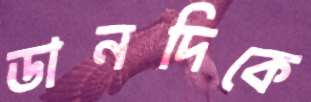
ডানদিকে